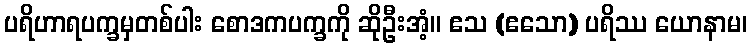
ပရိဟာရပက္ခမှတစ်ပါး စောဒကပက္ခကို ဆိုဦးအံ့။ ဧသ (ဧသော) ပရိဿ ယောနာမ၊